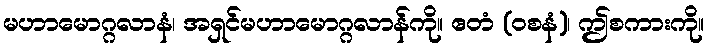
မဟာမောဂ္ဂလာနံ၊ အရှင်မဟာမောဂ္ဂလာန်ကို။ ဧတံ (ဝစနံ)၊ ဤစကားကို။